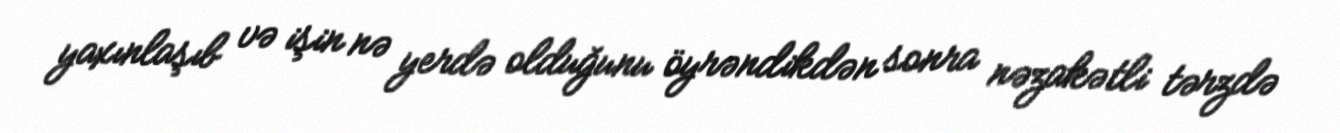
yaxınlaşıb və işin nə yerdə olduğunu öyrəndikdən sonra nəzakətli tərzdə